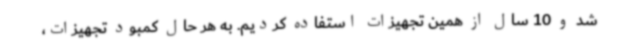
شد و 10 سال از همین تجهیزات استفاده کردیم. به هر حال کمبود تجهیزات،